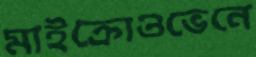
মাইক্রোওভেনে